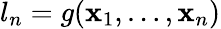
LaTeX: l_{n}=g(\mathbf{x}_{1},\ldots,\mathbf{x}_{n})